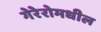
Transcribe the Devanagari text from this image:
गेरेरोमधील